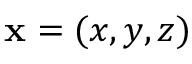
\mathbf { x } = ( x , y , z )